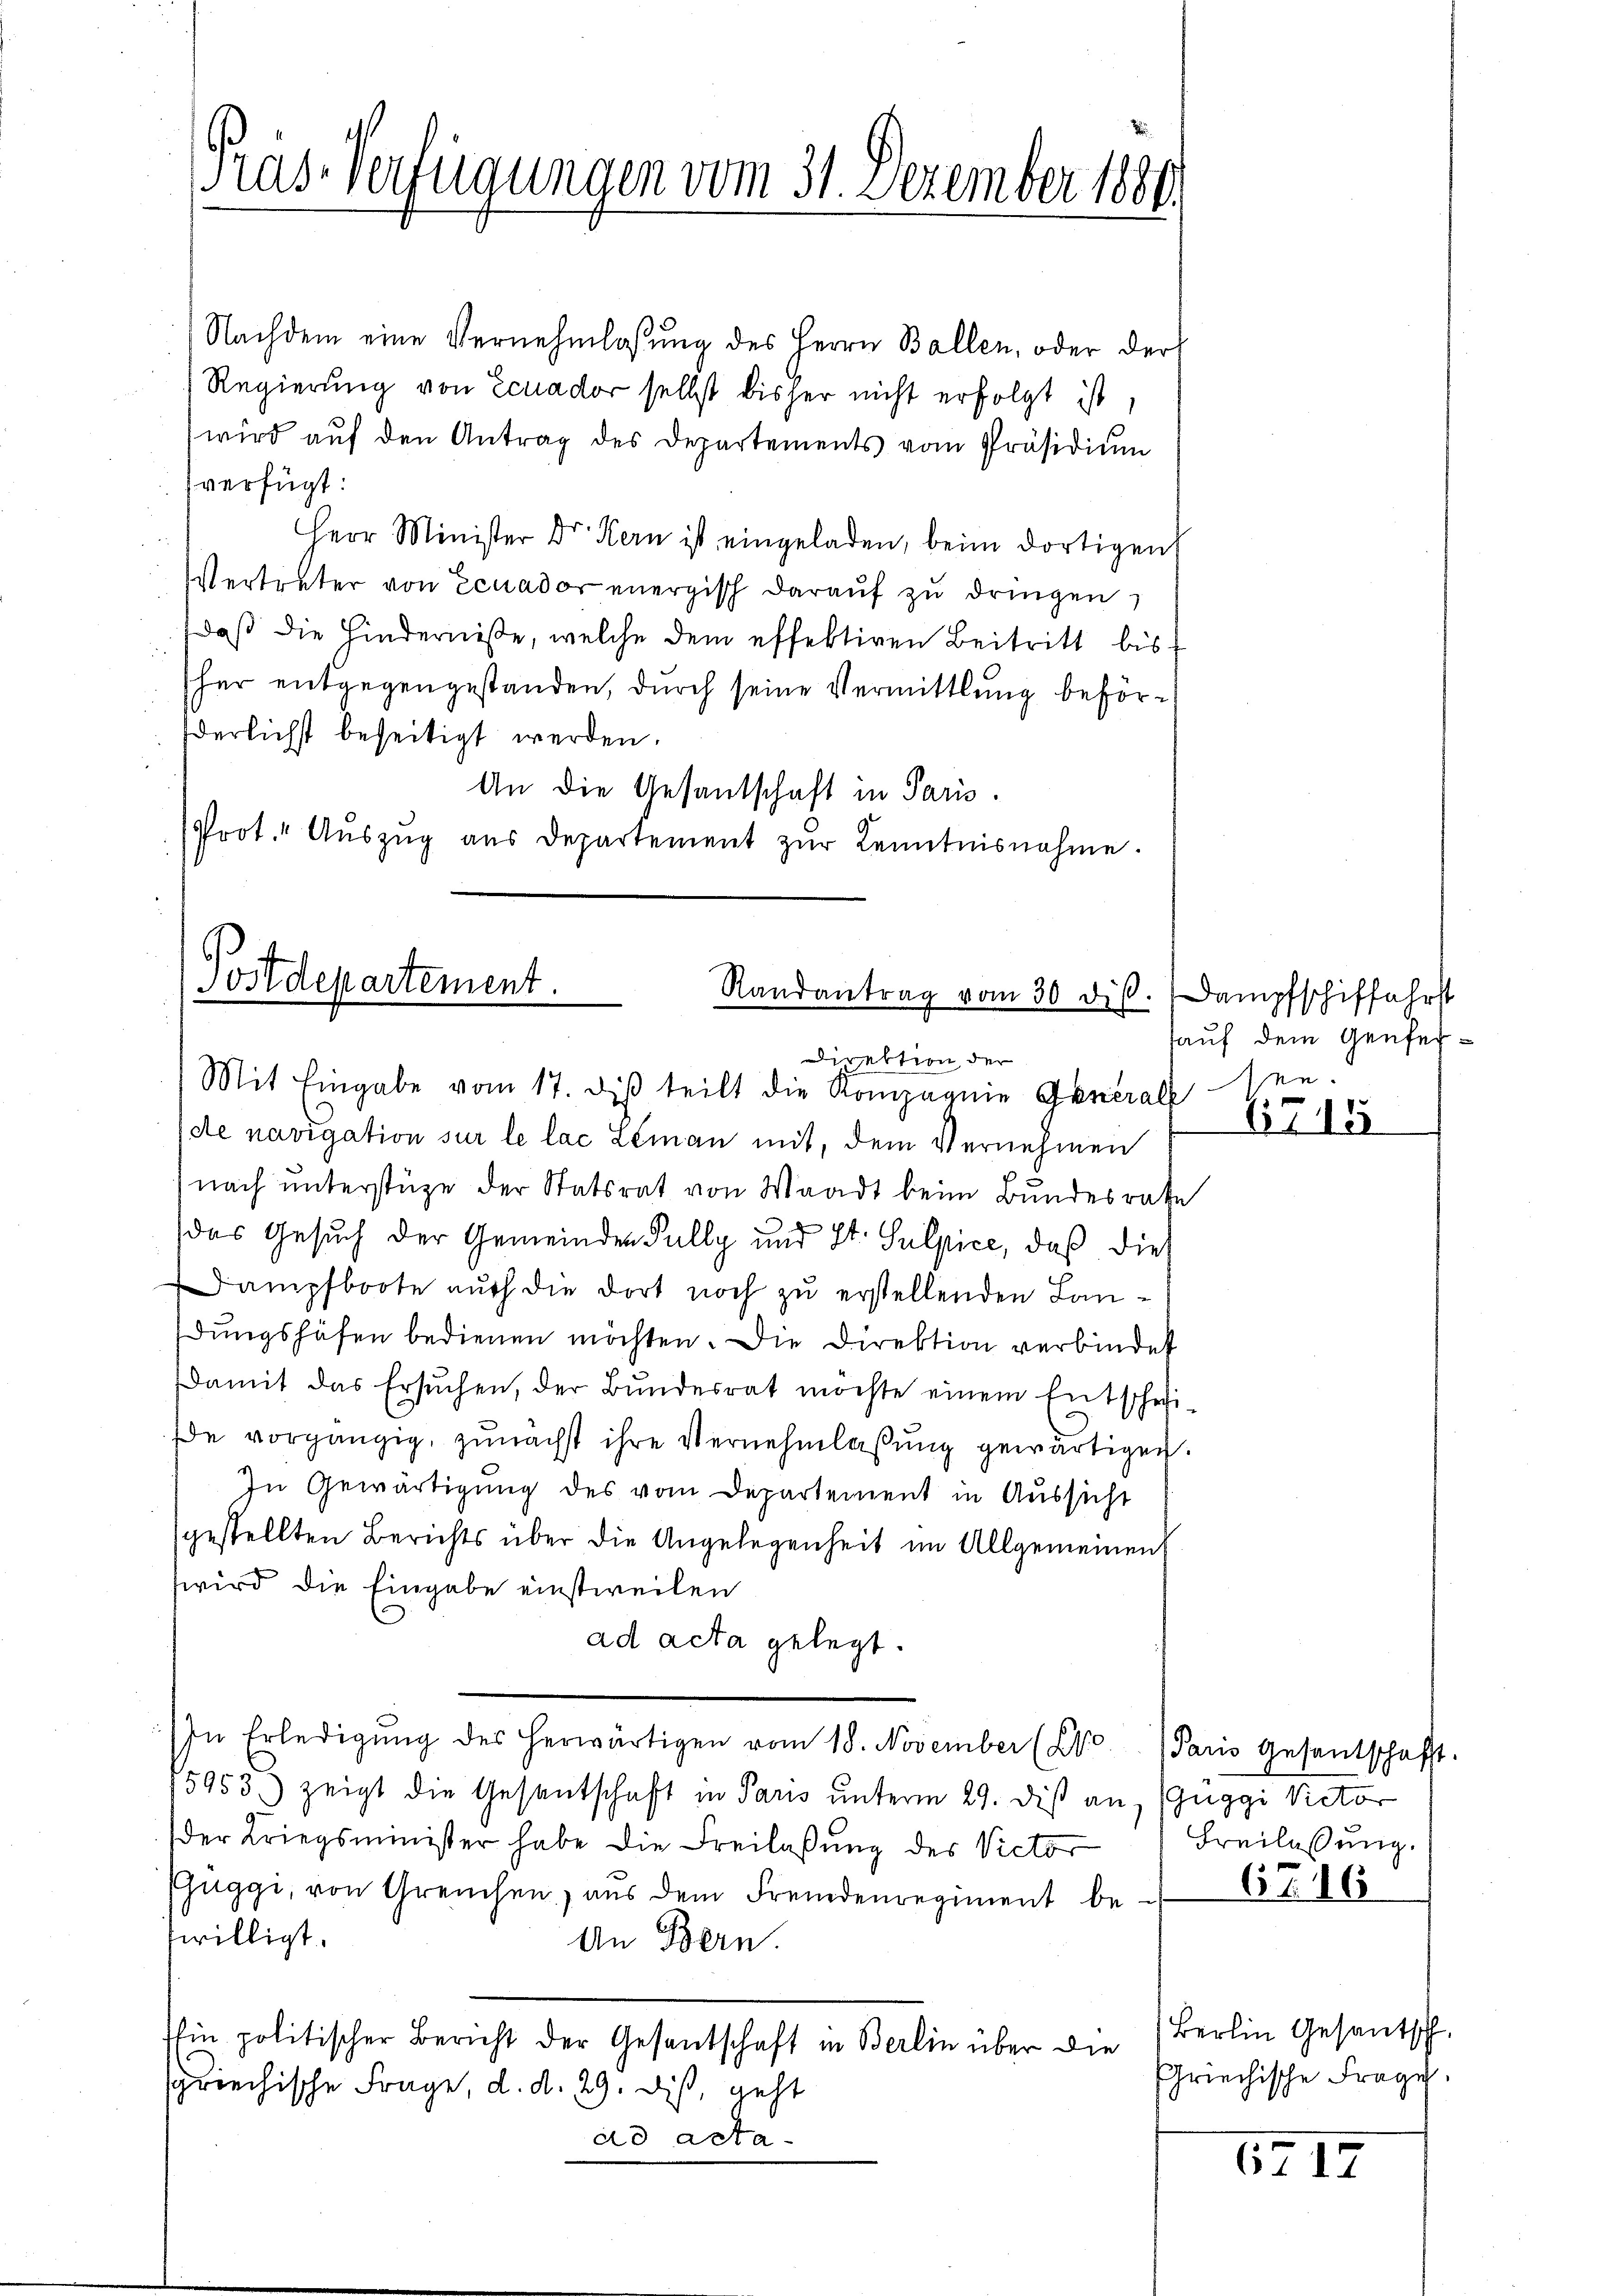
ras-Verfügungen vom 31. Dezember 1880

Nachdem eine Vernehmlassung des Herrn Ballen, oder der
Regierung von Ecuador selbst bisher nicht erfolgt ist,
wird aŭf den Antrag des Departements vom Präsidiŭm
verfügt:
Herr Minister Dr. Kern ist eingeladen, beim dortigen
Vertreter von Ecuador unergisch daraŭf zŭ dringen,
daß die Hindernisse, welche dem effektiven Beitritt bis
her entgegengestanden, durch seine Vermittlung beförderlichst beseitigt werden.
An die Gesandschaft in Paris.
Prot." Aŭszŭg aŭs departement zŭr Kenntnisnahme.

Postdepartement.
Randantrag vom 30 dis.
Direktion der
Mit Eingabe vom 17. diβ teilt die Kompagnie Generalesen.

de navigation sur le lac Leman mit, dem Vernehmen
nach unterstüze der Statsrat von Waadt beim Bundesrathe
das Gesuch der Gemeinden Pully und St. Sulpice, daß die
Dampfboote auch die dort noch zu erstellenden Landŭngshöfen bedienen möchten. Die Direktion verbindet
damit das Ersuchen, der Bŭndesrat möchte einem Entschei
de vorgängig, zunächst ihre Vernehmlassung gewärtigen
In Gewärtigung des vom Departement in Aussicht
gestellten Berichts über die Angelegenheit im Allgemeinen
wird die Eingabe einstweilen
ad acta gelegt.
In Erledigŭng des herwärtigen vom 18. November (210. Paris gesentschaft.
15953) zeigt die Gesantschaft in Paris unterm 29. dieß an, (Guggi Victor
der Kriegsminister habe die Freilaβŭng des Victor Freilassŭng.
Euggi, von Greuchen, aus dem Fremdenregiment betwilligt.
An Bern.
shin politischer Bericht der Gesantschaft in Berlin über die
spriechische Frage, d. d. 29. diß, geht
ad acta

Dampfschiffahrst
auf dem Genfere

61. 15

6716

Berlin Gesantsch.
Griechische Frage.

6717